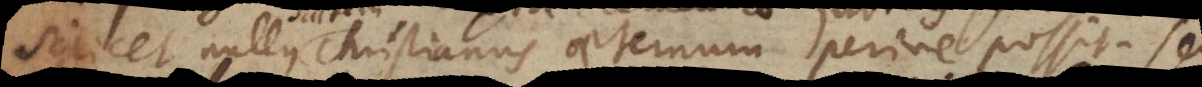
scilicet nullus Christianus aeternum perire possit; sed